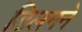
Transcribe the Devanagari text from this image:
डिलनने